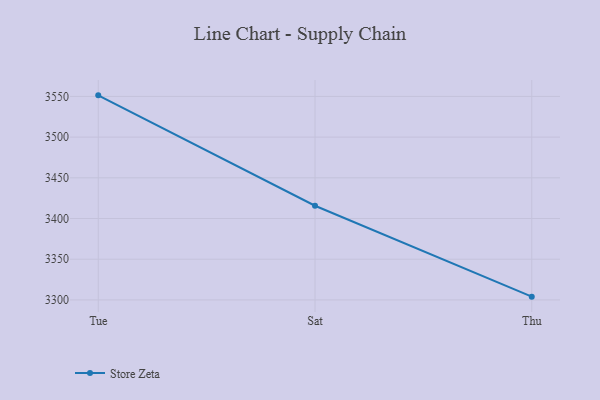
{"axis": {"x": "Day", "y": "Net Income (USD K)"}, "legend": ["Store Zeta"], "data": [{"x": "Tue", "y": 3551.3, "type": "Store Zeta"}, {"x": "Sat", "y": 3415.7, "type": "Store Zeta"}, {"x": "Thu", "y": 3304.0, "type": "Store Zeta"}]}